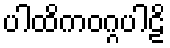
ပါထိကဝဂ္ဂပါဠိ